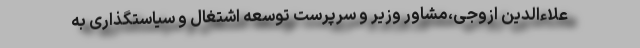
علا‌ءالدین ازوجی،مشاور وزیر و سرپرست توسعه اشتغال و سیاستگذاری به